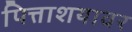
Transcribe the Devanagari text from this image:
पित्ताशयावर